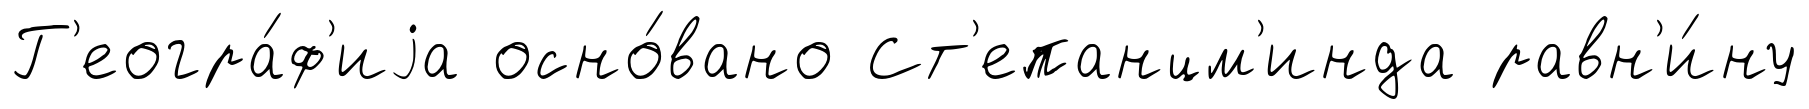
Г'еогра́ф'иjа осно́вано Ст'епанцм'инда равн'и́ну